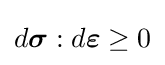
d{\boldsymbol {\sigma }}:d{\boldsymbol {\varepsilon }}\geq 0